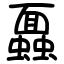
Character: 蠠